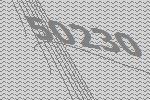
50230